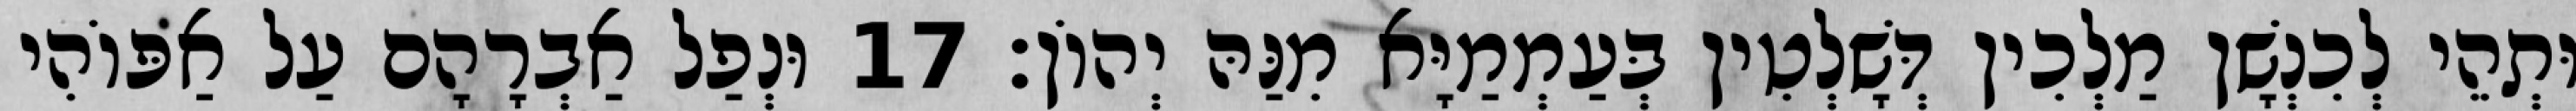
וּתְהֵי לְכִנְשָׁן מַלְכִין דְּשָׁלְטִין בְּעַמְמַיָּא מִנַּהּ יְהוֹן׃ 17 וּנְפַל אַבְרָהָם עַל אַפּוֹהִי